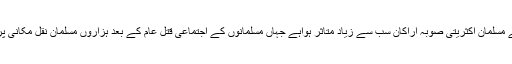
اس دہشت گردی سے مسلمان اکثریتی صوبہ اراکان سب سے زیاد متاثر ہواہے جہاں مسلمانوں کے اجتماعی قتل عام کے بعد ہزاروں مسلمان نقل مکانی پر مجبور ہوگئے ہیں۔